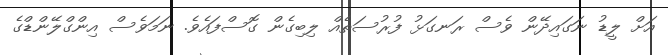
އަށް ލީޑު ނަގައިދޭން ވެސް ރަނގަޅު ފުރުސަތެއް ލިބިގެން ގޮސްފައެވެ. ނަމަވެސް އިންގްލޭންޑްގެ